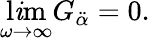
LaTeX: \operatorname*{l\mathit{i}m}_{\omega\to\infty}G_{\ddot{{\alpha}}}=0.